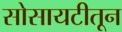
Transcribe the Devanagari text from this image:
सोसायटीतून